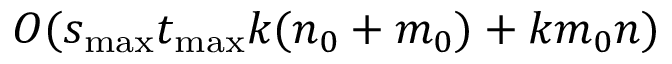
O ( s _ { \mathrm { m a x } } t _ { \mathrm { m a x } } k ( n _ { 0 } + m _ { 0 } ) + k m _ { 0 } n )